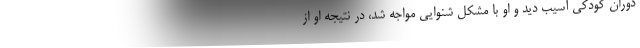
دوران کودکی آسیب دید و او با مشکل شنوایی مواجه شد، در نتیجه او از